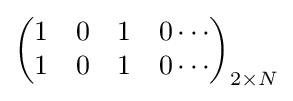
{\begin{pmatrix}1&0&1&0\cdots \\1&0&1&0\cdots \\\end{pmatrix}}_{2\times N}